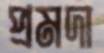
প্রমদা